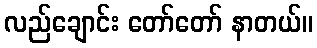
လည်ချောင်း တော်တော် နာတယ်။